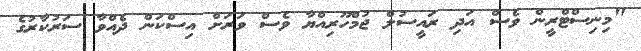
"މިނިސްޓްރީން ވެސް އަދި ރައީސުލް ޖުމްހޫރިއްޔާ ވެސް ވަރަށް އިސްކަން ދެއްވާ ސަރުކާރުގެ